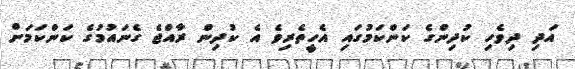
އަދި ދިވެހި ކުދިންގެ ކަންކަމުގައި އެހީތެރިވެ އެ ކުދިން ރާއްޖެ ގެނައުމުގެ ކަންކަމަށް